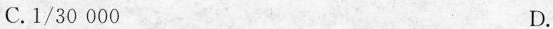
C.1/30000 D.